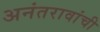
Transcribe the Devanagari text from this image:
अनंतरावांची